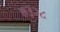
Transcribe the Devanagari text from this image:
७३२८